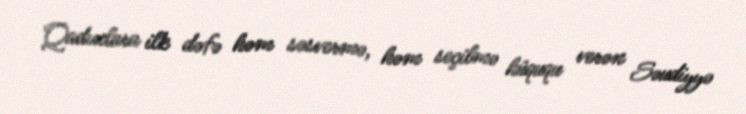
Qadınlara ilk dəfə həm səsvermə, həm seçilmə hüququ verən Səudiyyə